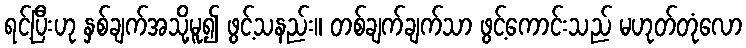
ရင့်ပြီးဟု နှစ်ချက်အသို့မူ၍ ဖွင့်သနည်း။ တစ်ချက်ချက်သာ ဖွင့်ကောင်းသည် မဟုတ်တုံလော